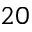
2 0